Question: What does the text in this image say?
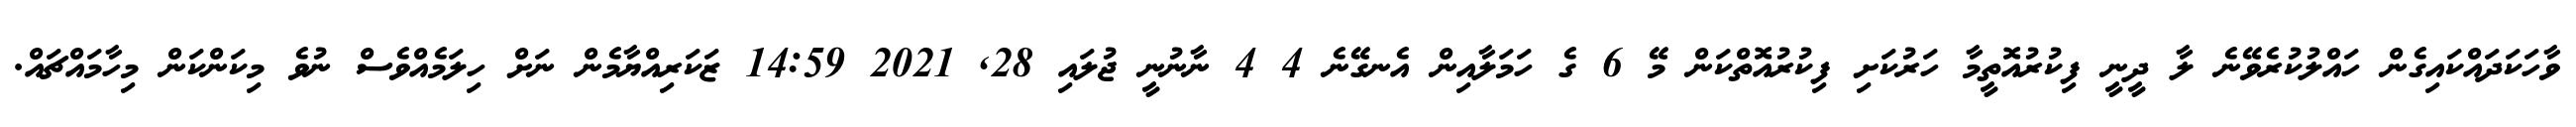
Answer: ވާހަކަދައްކައިގެން ހައްލުކުރެވޭނެ ލާ ދީނީ ފިކުރުއޮތީމާ ހަރުކަށި ފިކުރުއޮތްކަން މޭ 6 ގެ ހަމަލާއިން އެނގޭނެ 4 4 ނާނުނީ ޖުލައި 28, 2021 14:59 ޒަކަރިއްޔާމެން ނަށް ހިލަމެއްވެސް ނުވެ މިކަންކަން މިހާމައްޗައް.